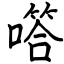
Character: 㗳